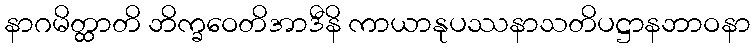
နာဂမိတ္ထာတိ ဘိက္ခဝေတိအာဒီနိ ကာယာနုပဿနာသတိပဋ္ဌာနဘာဝနာ